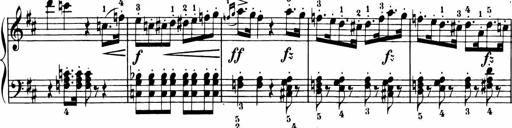
Title: 11 Sonatinas for Piano Solo
Composer: Anton Diabelli